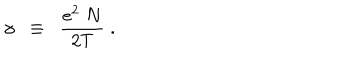
LaTeX: \gamma \; \; \equiv \; \; \frac { e ^ { 2 } \; N } { 2 T } \; .